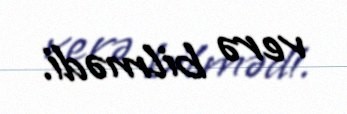
verə bilmədi.